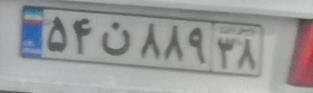
۵۴ن۸۸۹۳۸